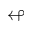
\looparrowleft